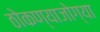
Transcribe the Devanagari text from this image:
ठोकण्याजोग्या